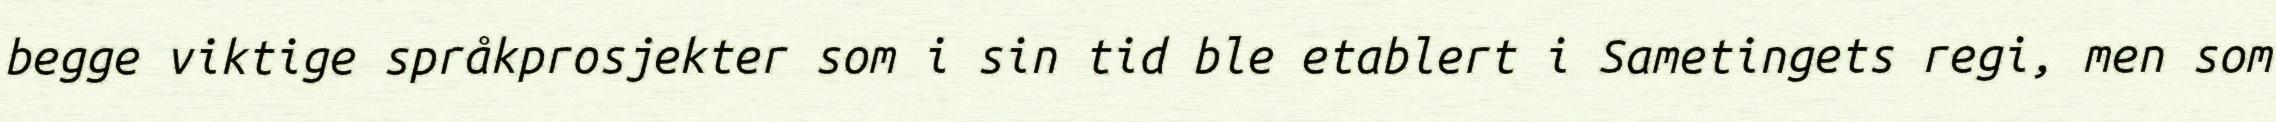
begge viktige språkprosjekter som i sin tid ble etablert i Sametingets regi, men som